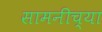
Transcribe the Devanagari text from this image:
सामनीच्या